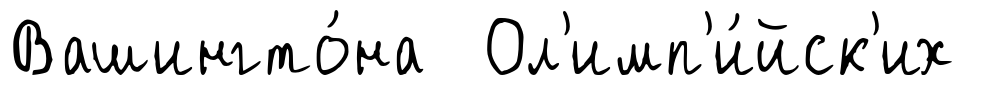
Вашингто́на Ол'имп'и́йск'их